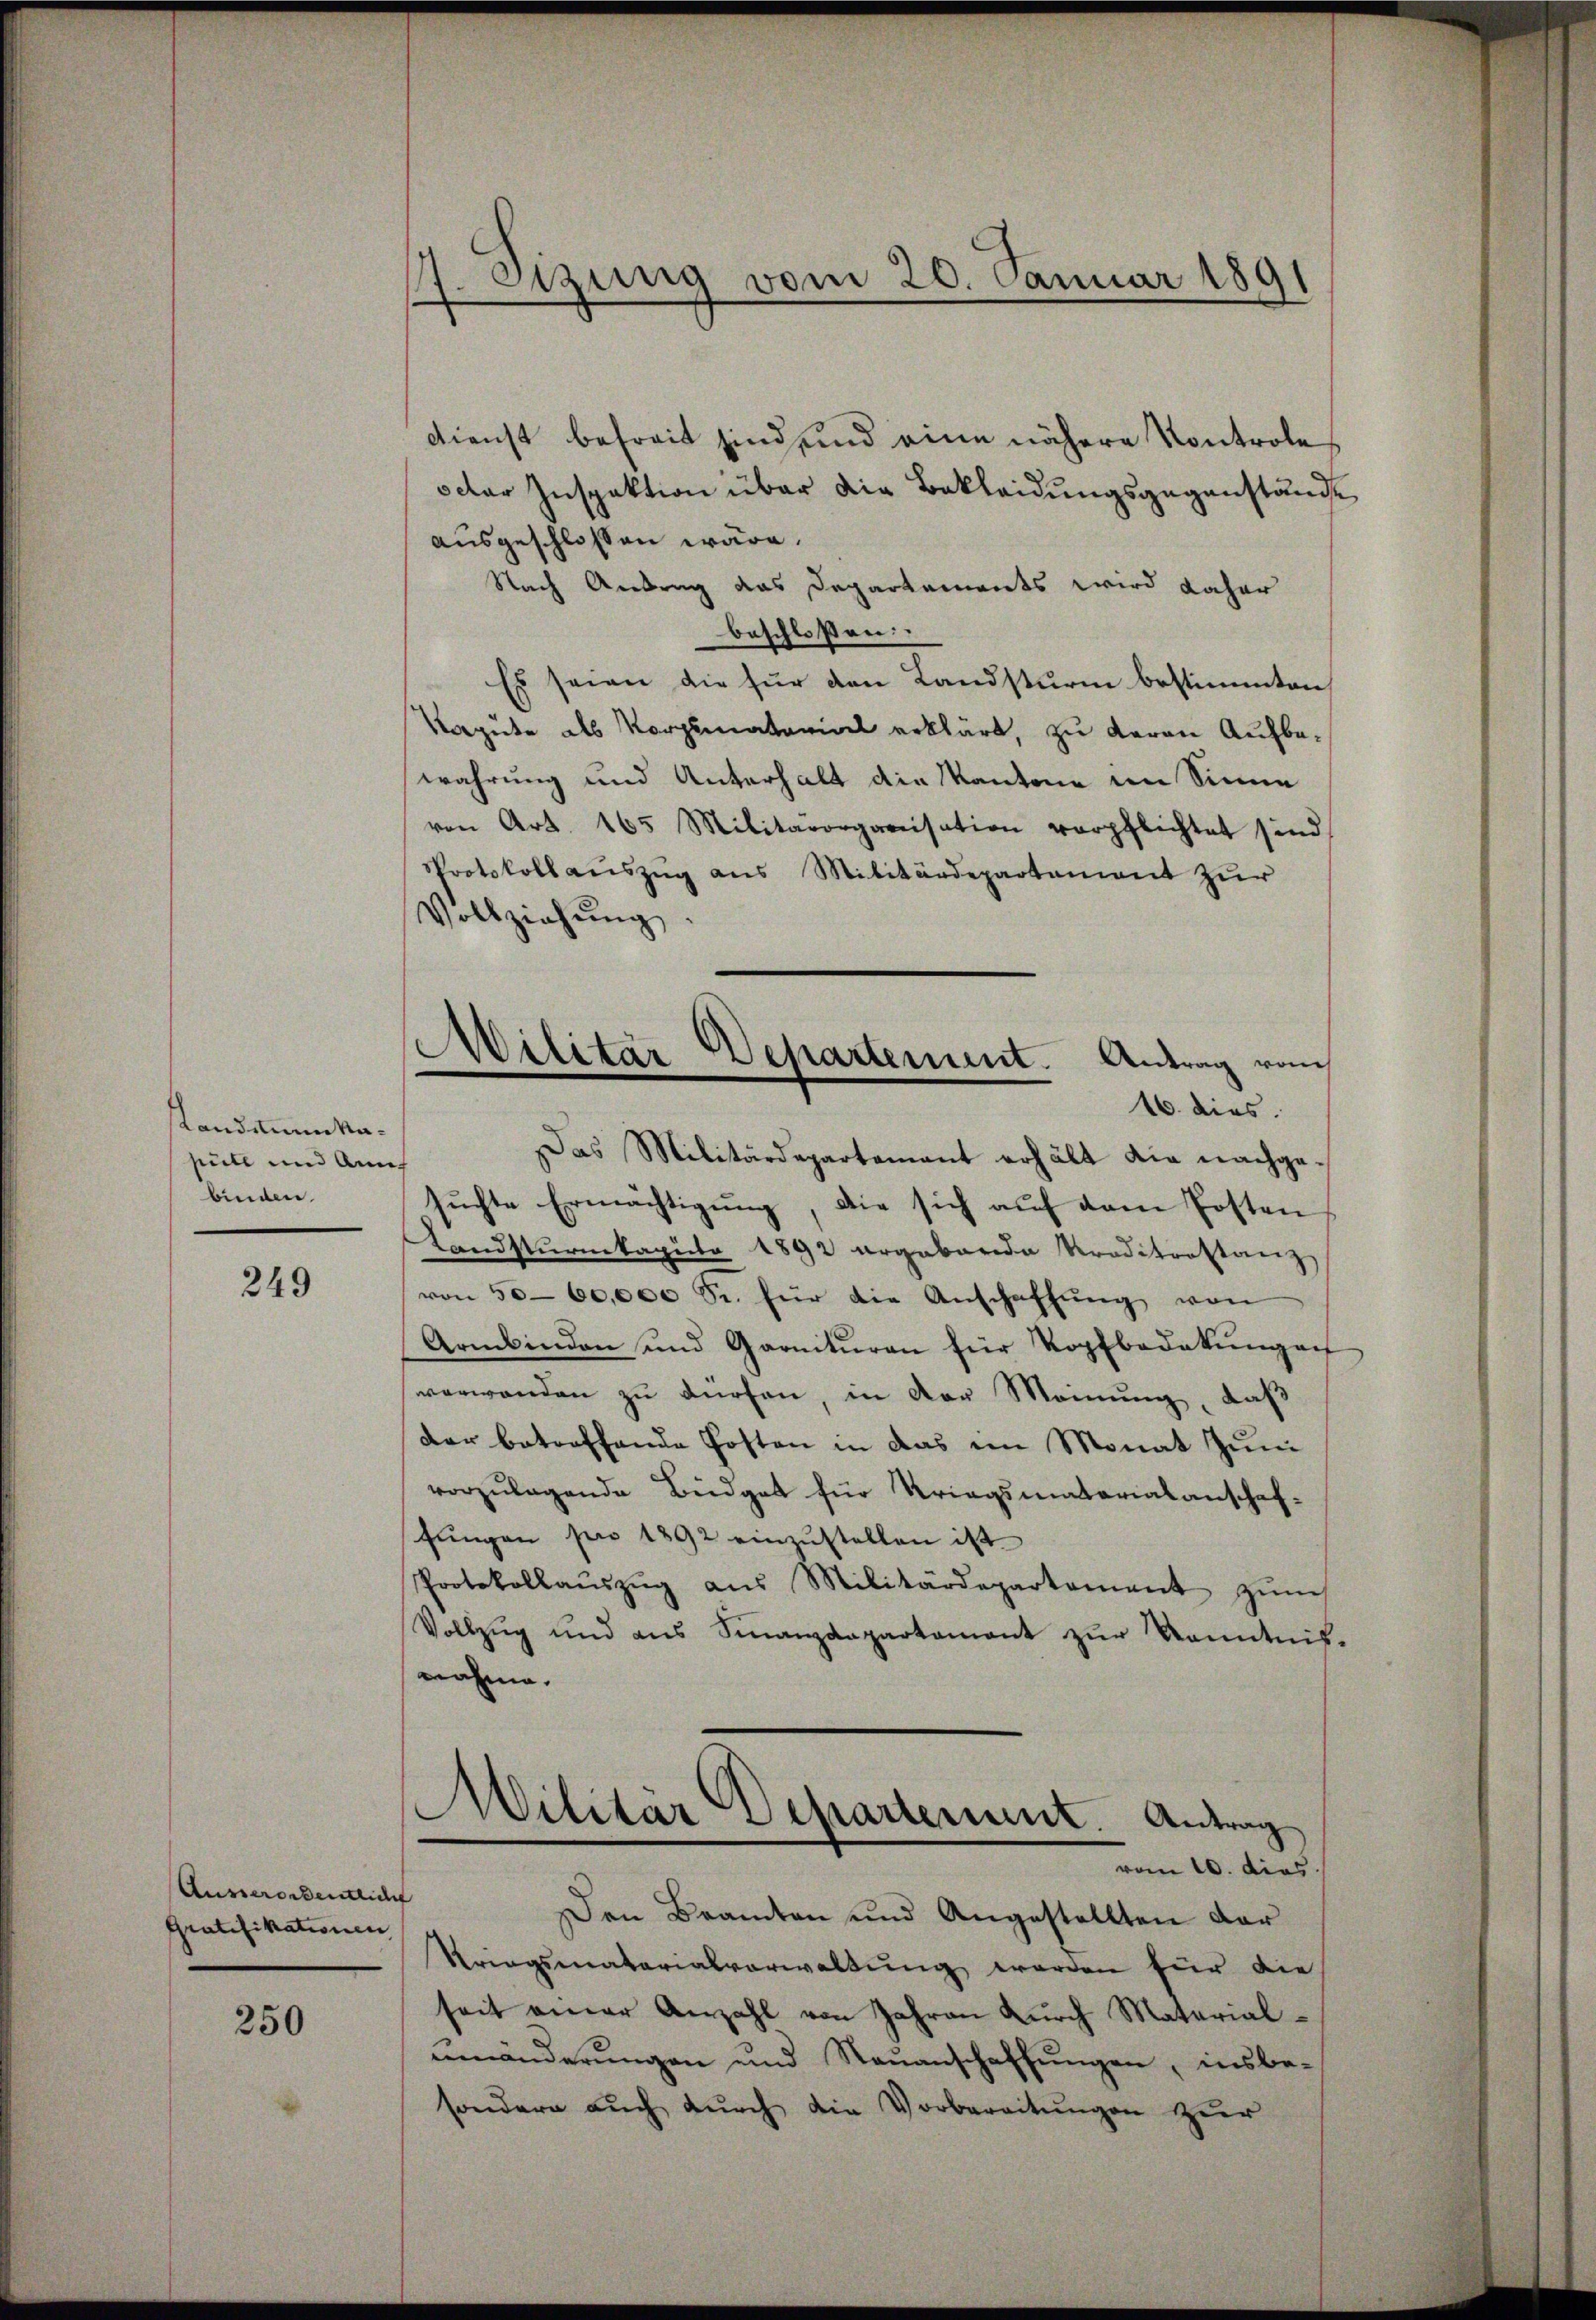
Landstum Napuell und Anna
binden.

249

Ausserordentlich
Gratifikationen |

250

17. Sizung vom 20. Januar 1891

dienst befreit sind und eine nähere Kontrole
octer Inspektion über die Bekleidungsgegenstände
ausgeschlossen wäre.
Nach Antrag das Departements wird daher
beschloßen:
Es seien die für den Landsturm bestimmten
Ragute als Vorgematorial erklärt, zu daran Aufbewahrung und Unterhalt die Kantone im Sinne
von Art. 165 Militärorganisation verpflichtet sind.
Protokollaŭszŭg ans Militärdepartement zur
Vollziehung
Das Militärdepartement erhält die nachgesuchte Ermächtigung, die sich auf dem Posten
Landsturmkapiele 1892 ergabaria Traditrostanz
von 50-60,000 Sr. für die Anschaffŭng von
Armbinden und Garnituren für Kopfbedekungen
verwanden zu dürfen, in der Meinung, daß
der betreffende Posten in das im Monat Jun
vorzulagende Büdget für Kriegsmaterialanschaffungen pro 1892 einzustellen ist
Protokollaŭszŭg aŭs Militärdepartement zŭm
Vollzŭg und aus Sinanzdepartament zŭr Kenntnis-
nahme.
e
Wilitär Scharterint. Antrag
vom 10. dies
Den Beamten und Angestellten dar
Kringsmaterialverwaltung werden für die
seit einer Anzahl von Jahren durch Materialmnänderungen und Neuanschaffungen, insbe-
sondern auch durch die Vorbereitungen zur

Militär Departement. Antrag vom
16. dies